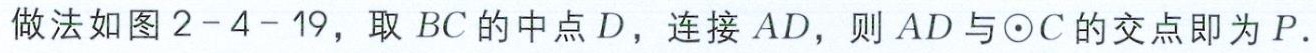
做法如图2-4-19，取 \(BC\) 的中点 \(D\)，连接 \(AD\)，则 \(AD\) 与\(\odot C\)的交点即为 \(P\).